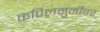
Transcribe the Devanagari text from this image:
कपिलमुनींवर